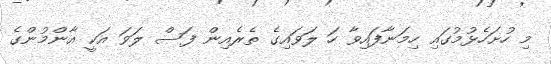
މި ހުށަހެޅުމުގައި ހިމަނާފައިވާ ހަ ލަވައިގެ ތެރެއިން ފަސް ލަވަ އަކީ އާންމުންގެ